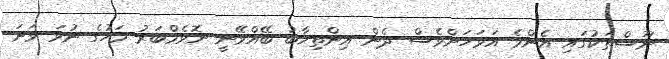
ނޫސްތަކުގައި އެންމެ އަވަހަށްވެސް ދެން އިންތިޚާބު ބޭއްވޭނީ ނޮވެމްބަރު މަހުގެ ނުވަ ވަނަ